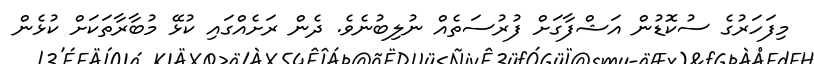
މިފަހަރުގެ ސުކޮޑުން އަޝްފާގަށް ފުރުސަތެއް ނުލިބުނެވެ. ދެން ރަށެއްގައި ކުޅޭ މުބާރާތަކަށް ކުޅެން